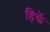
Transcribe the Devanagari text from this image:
हिकें